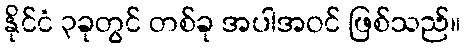
နိုင်ငံ ၃ခုတွင် တစ်ခု အပါအဝင် ဖြစ်သည်။